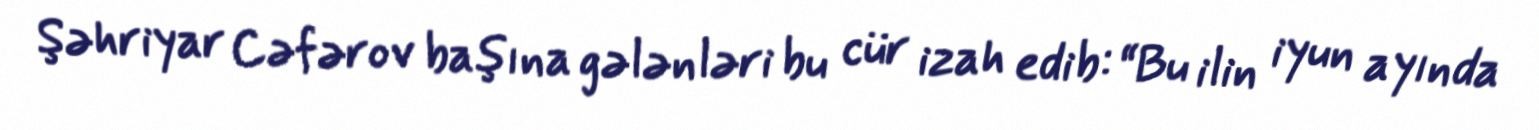
Şəhriyar Cəfərov başına gələnləri bu cür izah edib: “Bu ilin iyun ayında